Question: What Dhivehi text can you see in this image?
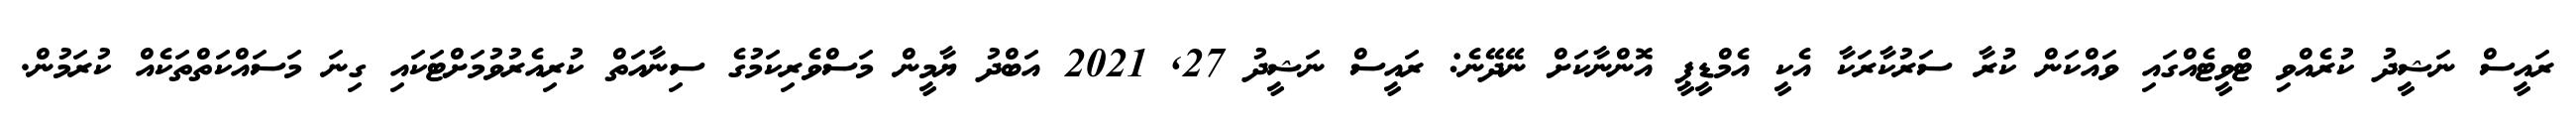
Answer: ރައީސް ނަޝީދު ކުރެއްވި ޓްވީޓެއްގައި ވައްކަން ކުރާ ސަރުކާރަކާ އެކީ އެމްޑީޕީ އޮންނާކަށް ނޭދޭނެ: ރައީސް ނަޝީދު 27, 2021 އަބްދު ޔާމީން މަސްވެރިކަމުގެ ސިނާއަތް ކުރިއެރުވުމަށްޓަކައި ގިނަ މަސައްކަތްތަކެއް ކުރަމުން.